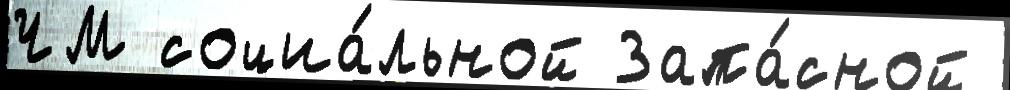
ЧМ социа́льной Запа́сной